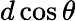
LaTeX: d\cos\theta